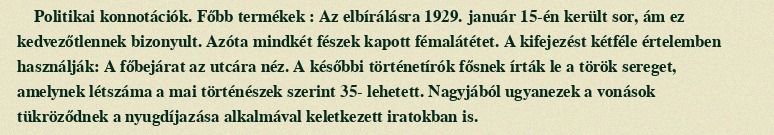
Politikai konnotációk. Főbb termékek : Az elbírálásra 1929. január 15-én került sor, ám ez kedvezőtlennek bizonyult. Azóta mindkét fészek kapott fémalátétet. A kifejezést kétféle értelemben használják: A főbejárat az utcára néz. A későbbi történetírók fősnek írták le a török sereget, amelynek létszáma a mai történészek szerint 35- lehetett. Nagyjából ugyanezek a vonások tükröződnek a nyugdíjazása alkalmával keletkezett iratokban is.